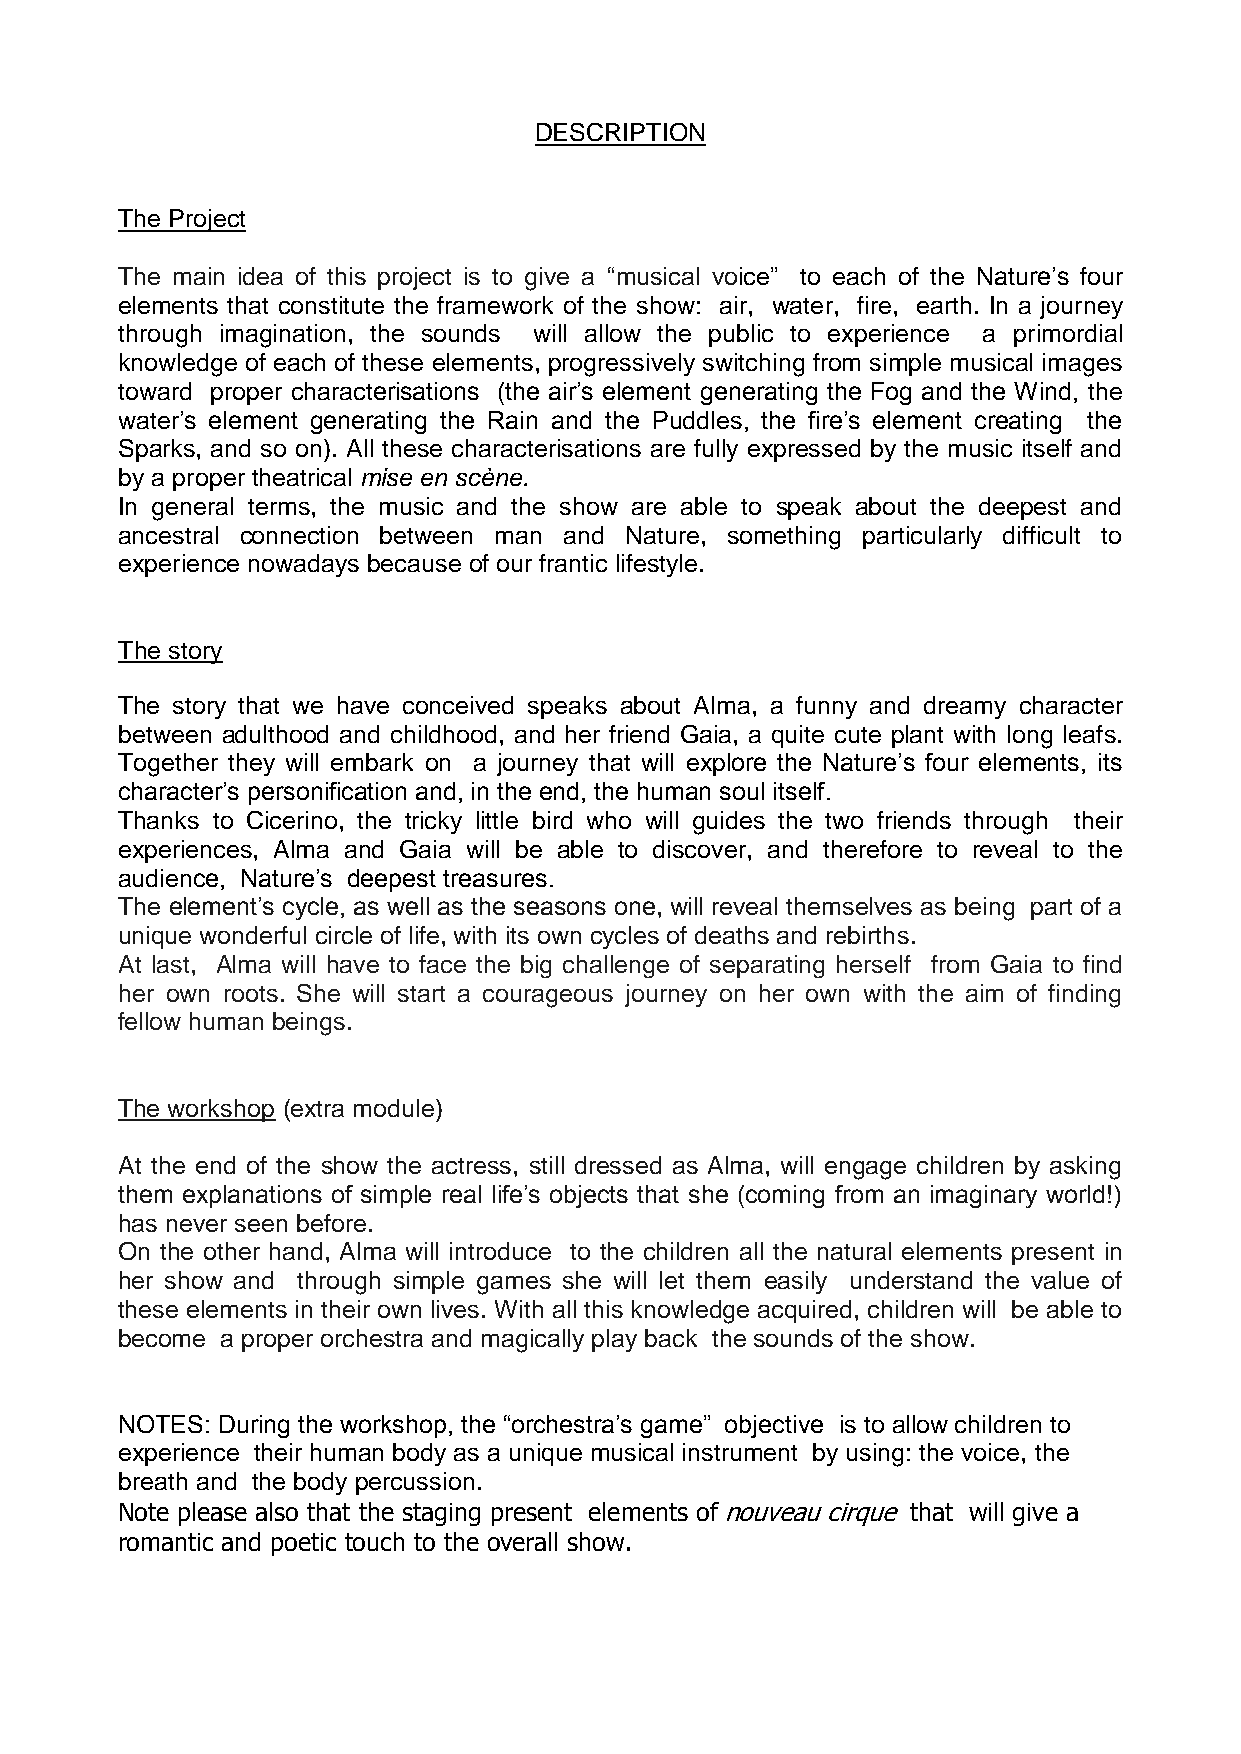
DESCRIPTION
 The Project
 The main idea of this project is to give a “musical voice” to each of the Nature’s four
 elements that constitute the framework of the show: air, water, fire, earth. In a journey
 through imagination, the sounds will allow the public to experience a primordial
 knowledge of each of these elements, progressively switching from simple musical images
 toward proper characterisations (the air’s element generating the Fog and the Wind, the
 water’s element generating the Rain and the Puddles, the fire’s element creating the
 Sparks, and so on). All these characterisations are fully expressed by the music itself and
 by a proper theatrical mise en scène.
 In general terms, the music and the show are able to speak about the deepest and
 ancestral connection between man and Nature, something particularly difficult to
 experience nowadays because of our frantic lifestyle.
 The story
 The story that we have conceived speaks about Alma, a funny and dreamy character
 between adulthood and childhood, and her friend Gaia, a quite cute plant with long leafs.
 Together they will embark on a journey that will explore the Nature’s four elements, its
 character’s personification and, in the end, the human soul itself.
 Thanks to Cicerino, the tricky little bird who will guides the two friends through their
 experiences, Alma and Gaia will be able to discover, and therefore to reveal to the
 audience, Nature’s deepest treasures.
 The element’s cycle, as well as the seasons one, will reveal themselves as being part of a
 unique wonderful circle of life, with its own cycles of deaths and rebirths.
 At last, Alma will have to face the big challenge of separating herself from Gaia to find
 her own roots. She will start a courageous journey on her own with the aim of finding
 fellow human beings.
 The workshop (extra module)
 At the end of the show the actress, still dressed as Alma, will engage children by asking
 them explanations of simple real life’s objects that she (coming from an imaginary world!)
 has never seen before.
 On the other hand, Alma will introduce to the children all the natural elements present in
 her show and through simple games she will let them easily understand the value of
 these elements in their own lives. With all this knowledge acquired, children will be able to
 become a proper orchestra and magically play back the sounds of the show.
 NOTES: During the workshop, the “orchestra’s game” objective is to allow children to
 experience their human body as a unique musical instrument by using: the voice, the
 breath and the body percussion.
 Note please also that the staging present elements of nouveau cirque that will give a
 romantic and poetic touch to the overall show.